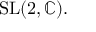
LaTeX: { \mathrm { S L } } ( 2 , \mathbb { C } ) .